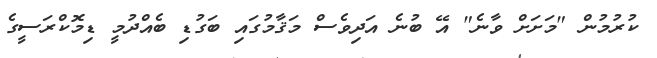
ކުރުމުން "މަށަށް ވާނެ" އޭ ބުނެ އަދިވެސް މަޤާމުގައި ބަގުޑި ބެއްދުމީ ޑިމޮކްރަސީގެ